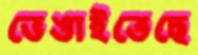
ভেঙাইতেছে